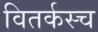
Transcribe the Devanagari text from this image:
वितर्कस्च